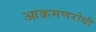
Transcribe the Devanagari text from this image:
आक्रमणरोधी